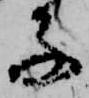
子